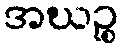
အဃဉ္စ